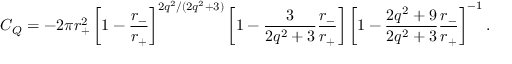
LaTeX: C _ { Q } = - 2 \pi r _ { + } ^ { 2 } \left[ 1 - \frac { r _ { - } } { r _ { + } } \right] ^ { 2 q ^ { 2 } / ( 2 q ^ { 2 } + 3 ) } \left[ 1 - \frac { 3 } { 2 q ^ { 2 } + 3 } \frac { r _ { - } } { r _ { + } } \right] \left[ 1 - \frac { 2 q ^ { 2 } + 9 } { 2 q ^ { 2 } + 3 } \frac { r _ { - } } { r _ { + } } \right] ^ { - 1 } .